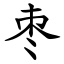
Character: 枣